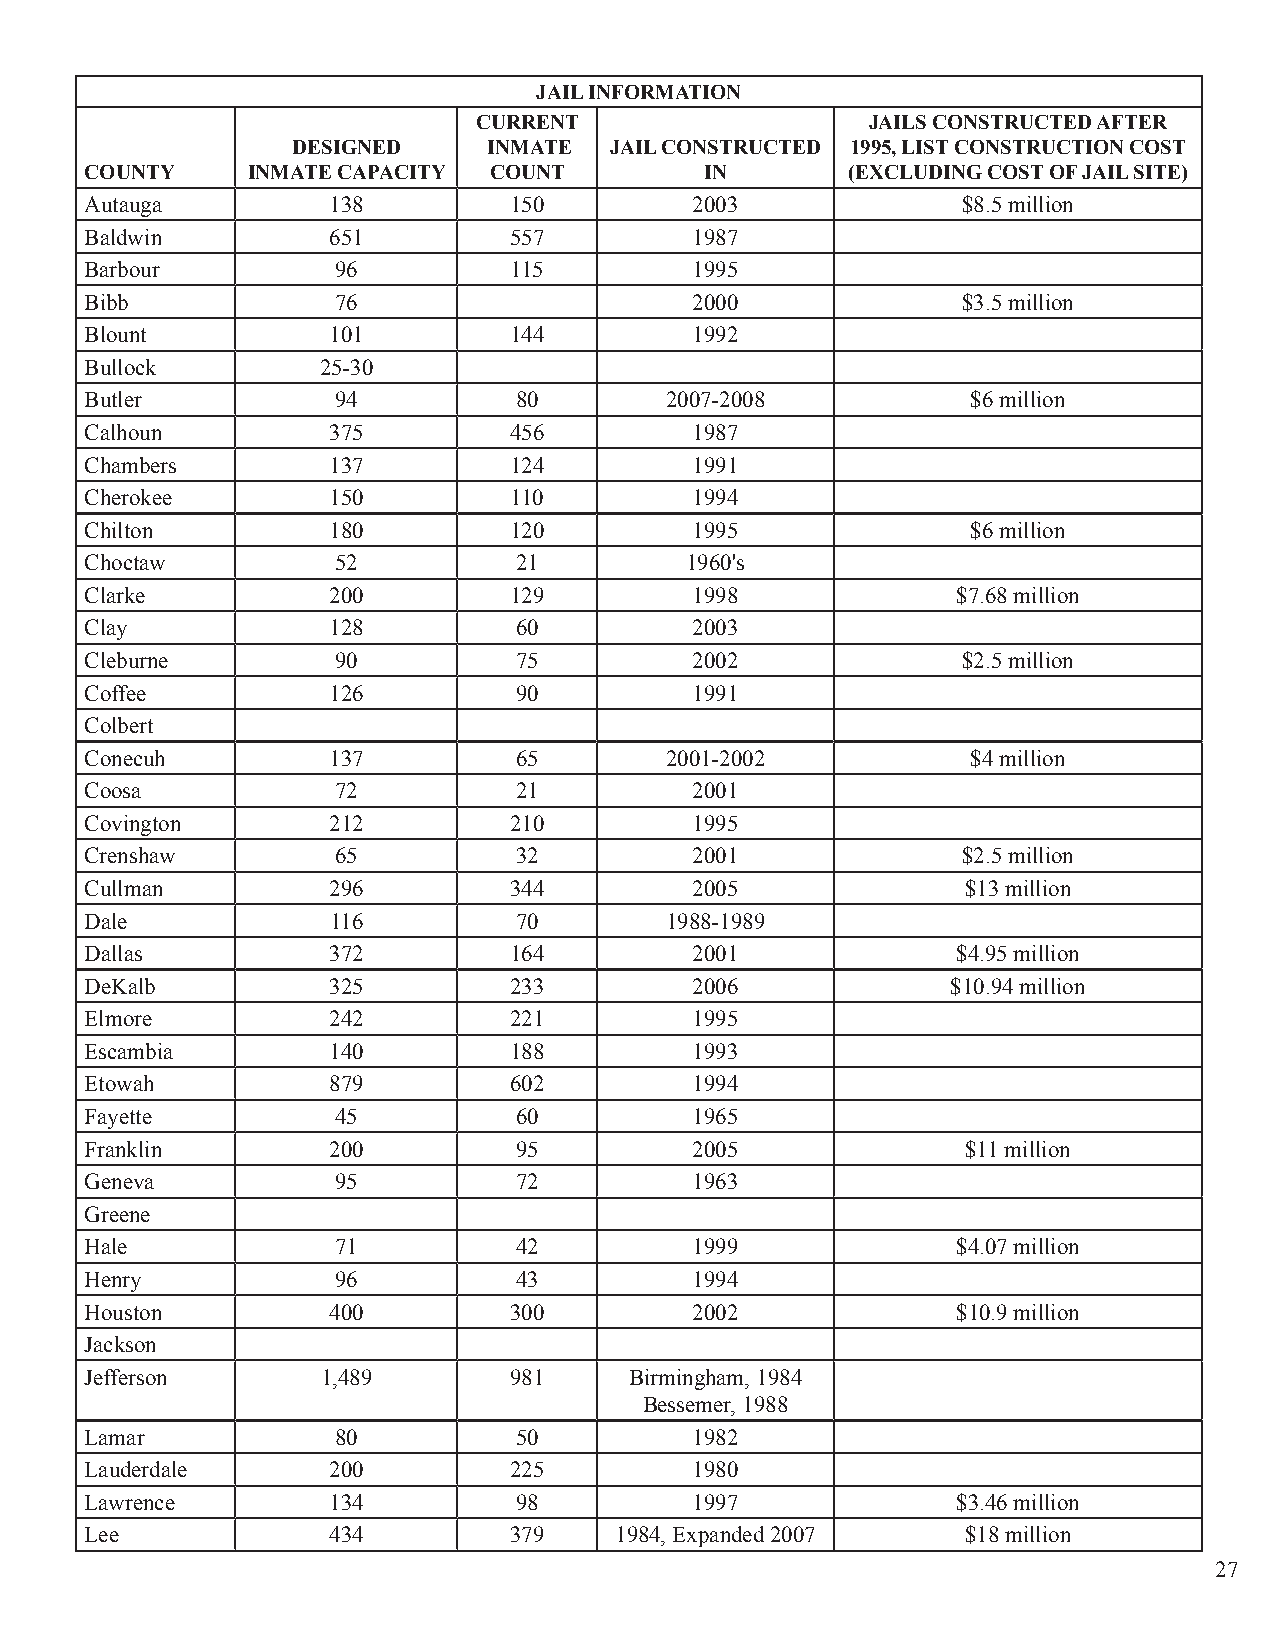
JAIL INFORMATION
 CURRENT                   JAILS CONSTRUCTED AFTER
 DESIGNED     INMATE  JAIL CONSTRUCTED 1995, LIST CONSTRUCTION COST
 COUNTY    INMATE CAPACITY COUNT          IN       (EXCLUDING COST OF JAIL SITE)
 Autauga         138         150         2003              $8.5 million
 Baldwin         651         557         1987
 Barbour         96          115         1995
 Bibb            76                      2000              $3.5 million
 Blount          101         144         1992
 Bullock        25-30
 Butler          94          80        2007-2008           $6 million
 Calhoun         375         456         1987
 Chambers        137         124         1991
 Cherokee        150         110         1994
 Chilton         180         120         1995              $6 million
 Choctaw         52          21         1960's
 Clarke          200         129         1998             $7.68 million
 Clay            128         60          2003
 Cleburne        90          75          2002              $2.5 million
 Coffee          126         90          1991
 Colbert
 Conecuh         137         65        2001-2002           $4 million
 Coosa           72          21          2001
 Covington       212         210         1995
 Crenshaw        65          32          2001              $2.5 million
 Cullman         296         344         2005              $13 million
 Dale            116         70        1988-1989
 Dallas          372         164         2001             $4.95 million
 DeKalb          325         233         2006             $10.94 million
 Elmore          242         221         1995
 Escambia        140         188         1993
 Etowah          879         602         1994
 Fayette         45          60          1965
 Franklin        200         95          2005              $11 million
 Geneva          95          72          1963
 Greene
 Hale            71          42          1999             $4.07 million
 Henry           96          43          1994
 Houston         400         300         2002             $10.9 million
 Jackson
 Jefferson      1,489        981     Birmingham, 1984
 Bessemer, 1988
 Lamar           80          50          1982
 Lauderdale      200         225         1980
 Lawrence        134         98          1997             $3.46 million
 Lee             434         379    1984, Expanded 2007    $18 million
 27